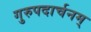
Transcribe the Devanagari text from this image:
गुरुपदार्चनम्